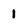
Character: 1